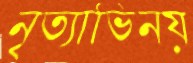
নৃত্যাভিনয়